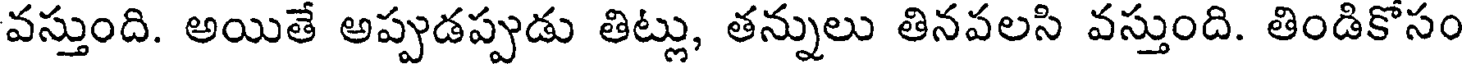
వస్తుంది. అయితే అప్పుడప్పుడు తిట్లు, తన్నులు తినవలసి వస్తుంది. తిండికోసం